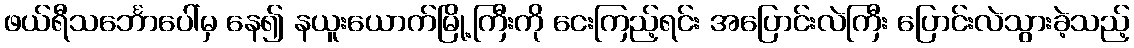
ဖယ်ရီသင်္ဘောပေါ်မှ နေ၍ နယူးယောက်မြို့ကြီးကို ငေးကြည့်ရင်း အပြောင်းလဲကြီး ပြောင်းလဲသွားခဲ့သည့်